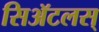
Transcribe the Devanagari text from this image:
सिॲटलस्